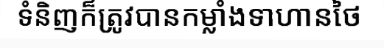
ទំនិញក៏ត្រូវបានកម្លាំងទាហានថៃ